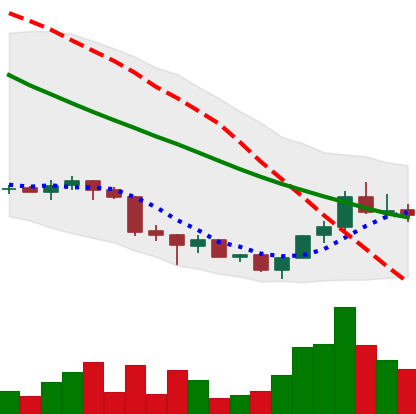
Ticker: ADA-USD
Chart end date: 2018-07-05
Forward return: -13.517%
Label: down_7plus